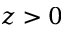
z > 0